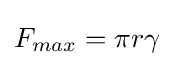
F_{max}=\pi r\gamma